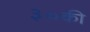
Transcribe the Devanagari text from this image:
३०की